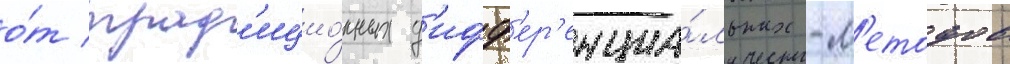
о́т трад'ицио́нных д'ифф'ер'енциа́льных -м'етодов